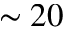
\sim 2 0